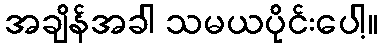
အချိန်အခါ သမယပိုင်းပေါ့။